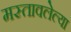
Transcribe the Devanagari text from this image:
मस्तावलेल्या